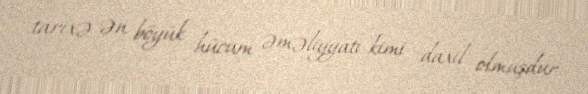
tarixə ən böyük hücum əməliyyatı kimi daxil olmuşdur.